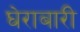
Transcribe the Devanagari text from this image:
घेराबारी